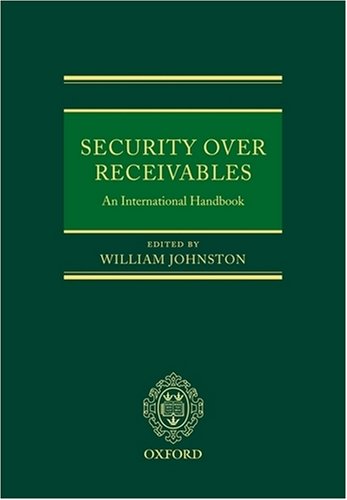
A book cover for Security Over Receivables: An International Handbook; Law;